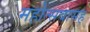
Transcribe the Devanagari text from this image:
महोत्सवासह